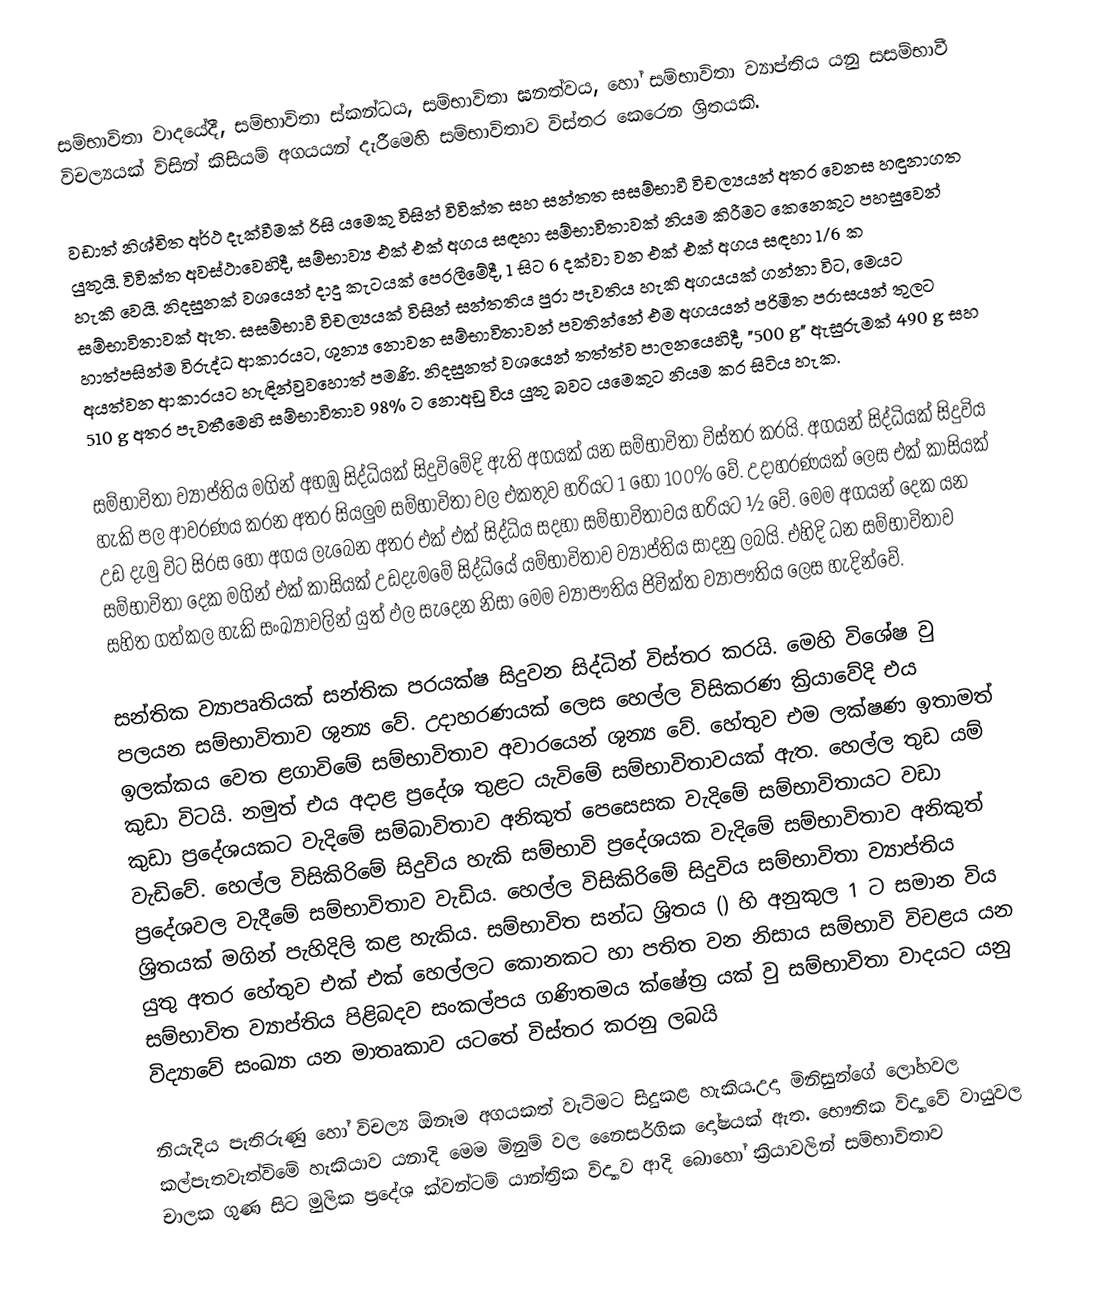
සම්භාවිතා වාදයේදී, සම්භාවිතා ස්කන්ධය, සම්භාවිතා ඝනත්වය, හෝ සම්භාවිතා ව්‍යාප්තිය යනු සසම්භාවී විචල්‍යයක් විසින් කිසියම් අගයයන් දැරීමෙහි සම්භාවිතාව විස්තර කෙරෙන ශ්‍රිතයකි.

වඩාත් නිශ්චිත අර්ථ දැක්වීමක් රිසි යමෙකු විසින් විවික්ත සහ සන්තත සසම්භාවී විචල්‍යයන් අතර වෙනස හඳුනාගත යුතුයි. විවික්ත අවස්ථාවෙහිදී, සම්භාව්‍ය එක් එක් අගය සඳහා සම්භාවිතාවක් නියම කිරීමට කෙනෙකුට පහසුවෙන් හැකි වෙයි. නිදසුනක් වශයෙන්  දාදු කැටයක්  පෙරලීමේදී, 1 සිට 6 දක්වා වන එක් එක් අගය සඳහා  1/6 ක සම්භාවිතාවක් ඇත. සසම්භාවී විචල්‍යයක් විසින් සන්තතිය පුරා පැවතිය හැකි අගයයක් ගන්නා විට, මෙයට හාත්පසින්ම විරුද්ධ ආකාරයට, ශුන්‍ය නොවන සම්භාවිතාවන් පවතින්නේ එම අගයයන් පරිමිත පරාසයන් තුලට අයත්වන ආකාරයට හැඳින්වුවහොත් පමණි. නිදසුනත් වශයෙන් තත්ත්ව පාලනයෙහිදී, "500 g" ඇසුරුමක් 490 g සහ 510 g අතර පැවතීමෙහි සම්භාවිතාව 98% ට නොඅඩු විය යුතු බවට යමෙකුට නියම කර සිටිය හැක.

සම්භාවිතා ව්‍යාප්තිය මගින් අහඹු සිද්ධියක් සිදුවිමේදි ඇති අගයක් යන සම්භාවිතා විස්තර කරයි. අගයන් සිද්ධියක් සිදුවිය හැකි පල ආවරණය කරන අතර සියලුම සම්භාවිතා වල එකතුව හරියට 1 හෝ 100% වේ. උදාහරණයක් ලෙස එක් කාසියක් උඩ දැමු විට සිරස හෝ අගය ලැබෙන අතර එක් එක් සිද්ධිය සදහා සම්භාවිතාවය හරියට ½ වේ. මෙම අගයන් දෙක යන සම්භාවිතා දෙක මගින් එක් කාසියක් උඩදැමමේ සිද්ධියේ යම්භාවිතාව ව්‍යාප්තිය සාදනු ලබයි. එහිදි ධන සම්භාවිතාව සහිත ගත්කල හැකි සංඛ්‍යාවලින් යුත් ඵල සැදෙන නිසා මෙම ව්‍යාපෟතිය ජිවික්ත ව්‍යාපෟතිය ලෙස හැදින්වේ.

සන්තික ව්‍යාපෘතියක් සන්තික පරයක්ෂ සිදුවන සිද්ධින් විස්තර කරයි. මෙහි විශේෂ වු පලයන සම්භාවිතාව ශුන්‍ය වේ. උදාහරණයක් ලෙස හෙල්ල විසිකරණ ක්‍රියාවේදි එය ඉලක්කය වෙත ළගාවිමේ සම්භාවිතාව අවාරයෙන් ශුන්‍ය වේ. හේතුව එම ලක්ෂණ ඉතාමත් කුඩා විටයි. නමුත් එය අදාළ ප්‍රදේශ තුළට යැවිමේ සම්භාවිතාවයක් ඇත. හෙල්ල තුඩ යම් කුඩා ප්‍රදේශයකට වැදිමේ සම්බාවිතාව අනිකුත් පෙසෙසක වැදිමේ සම්භාවිතායට වඩා වැඩිවේ. හෙල්ල විසිකිරිමේ සිදුවිය හැකි සම්භාවි ප්‍රදේශයක වැදිමේ සම්භාවිතාව අනිකුත් ප්‍රදේශවල වැදීමේ සම්භාවිතාව වැඩිය. හෙල්ල විසිකිරිමේ සිදුවිය සම්භාවිතා ව්‍යාප්තිය ශ්‍රිතයක් මගින් පැහිදිලි කළ හැකිය. සම්භාවිත සන්ධ ශ්‍රිතය () හි අනුකුල 1 ට සමාන විය යුතු අතර හේතුව එක් එක් හෙල්ලට කොනකට හා පතිත වන නිසාය සම්භාවි විචළය යන සම්භාවිත ව්‍යාප්තිය පිළිබදව සංකල්පය ගණිතමය ක්ෂේත්‍ර යක් වු සම්භාවිතා වාදයට යනු විද්‍යාවේ සංඛ්‍යා  යන මාතෘකාව යටතේ විස්තර කරනු ලබයි

නියැදිය පැතිරුණු හෝ විචල්‍ය ඕනෑම අගයකත් වැටිමට සිදුකළ හැකිය.උදා මිනිසුන්ගේ ලෝහවල කල්පැතවැත්විමේ හැකියාව යනාදි මෙම මිනුම් වල නෛසර්ගික දෝෂයක් ඇත. භෞතික විද්‍යාවේ වායුවල චාලක ගුණ සිට මුලික ප්‍රදේශ ක්වන්ටම් යාන්ත්‍රික විද්‍යාව ආදි බොහෝ ක්‍රියාවලින් සම්භාවිතාව